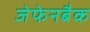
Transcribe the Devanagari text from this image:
जेफेनबैक